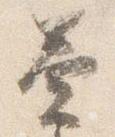
奏